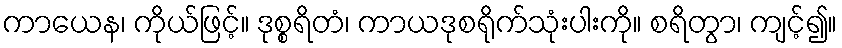
ကာယေန၊ ကိုယ်ဖြင့်။ ဒုစ္စရိတံ၊ ကာယဒုစရိုက်သုံးပါးကို။ စရိတွာ၊ ကျင့်၍။